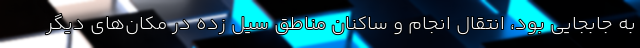
به جابجایی بود، انتقال انجام و ساکنان مناطق سیل زده در مکان‌های دیگر